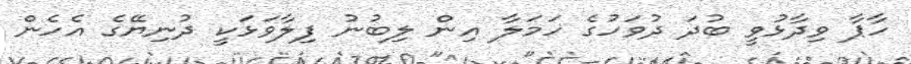
ހާޕާ ވިދާޅުވީ ބުދަ ދުވަހުގެ ހަމަލާ އިން ލިބުނު ފިލާވަޅަކީ ދުނިޔޭގެ އެހެން